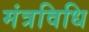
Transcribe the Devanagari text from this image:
मंत्रविधि